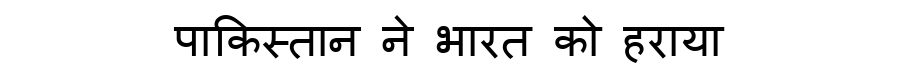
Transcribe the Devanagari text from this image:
पाकिस्तान ने भारत को हराया